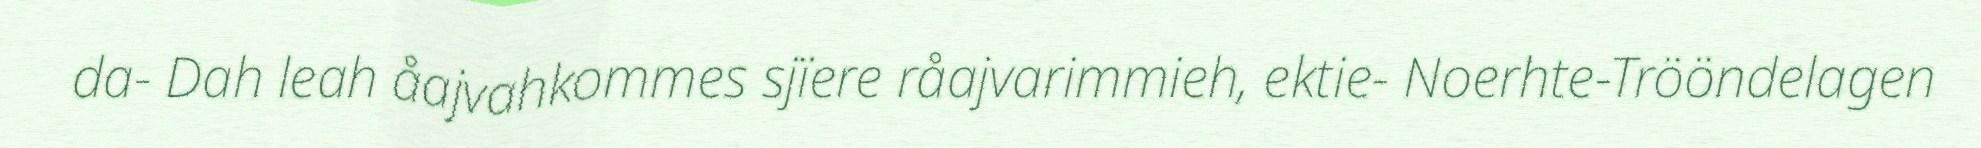
da- Dah leah åajvahkommes sjïere råajvarimmieh, ektie- Noerhte-Trööndelagen